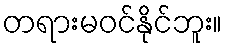
တရားမဝင်နိုင်ဘူး။